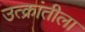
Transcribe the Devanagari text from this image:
उत्क्रांतीला